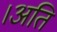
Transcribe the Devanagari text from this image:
।अति